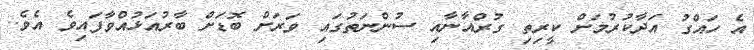
އެ ހައްގު އަދާކުރުމަށް ކީރިތި ގުރްއާނާއި ސުންނަތުގައި ވަރަށް ބޮޑަށް ބާރުއަޅުއްވާފައިވެ އެވެ.